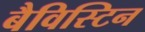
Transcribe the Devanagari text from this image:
बैविस्टिन